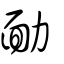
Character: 勔